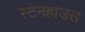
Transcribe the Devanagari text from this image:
स्टेनहाउस